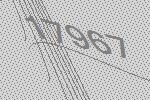
17967